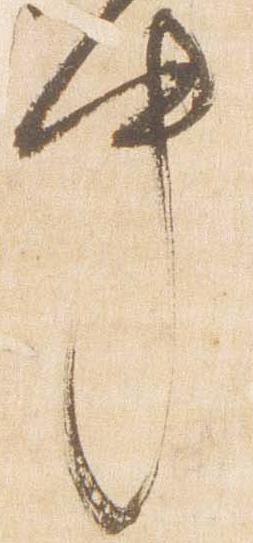
中